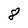
Character: 8